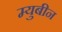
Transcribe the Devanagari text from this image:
म्युबीन